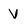
Character: V